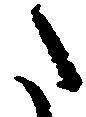
た